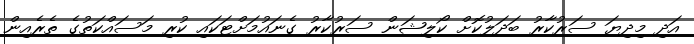
އަދި މިދިޔަ ސަރުކާރު ބަދަލުކޮށް ކޯލިޝަން ސަރުކާރު ގެނައުމަށްޓަކައި ކުރި މަސައްކަތުގެ ތެރެއިން